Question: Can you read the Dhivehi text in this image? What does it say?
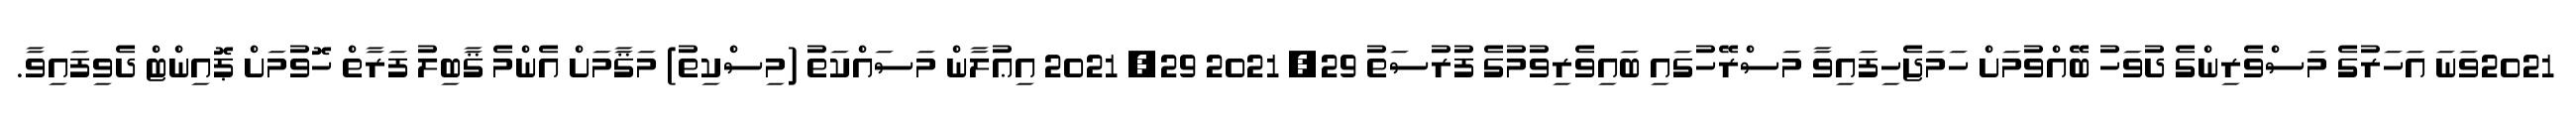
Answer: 2021ވަނަ އަހަރުގެ މަސްވެރިންގެ ދުވަހު ބޭއްވުމަށް ހަމަޖެހިފައިވާ މަސްރޭހުގައި ބައިވެރިވުމުގެ ފުރުސަތު 29, 2021 29, 2021 އިޢުލާން މަސައްކަތު (މިސްކިތު) މަޤާމަށް އެންމެ ޤާބިލު ފަރާތް ހޮވުމަށް ޕޮއިންޓް ދެވިފައިވާ.